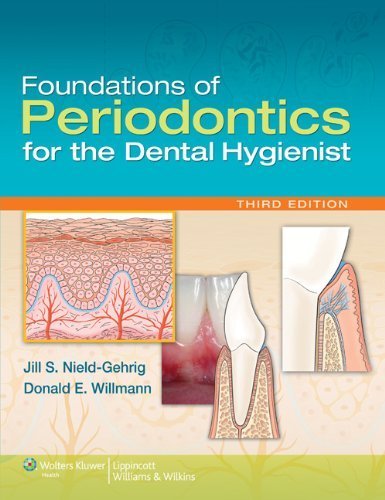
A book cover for Foundations of Periodontics for the Dental Hygienist 3rd (third) Edition by Nield-Gehrig, Jill S., Willmann, Donald E. (2011); Medical Books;